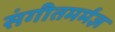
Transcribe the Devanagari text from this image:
संगीतमर्मज्ञ